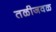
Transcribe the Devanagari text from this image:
तळीजवळ